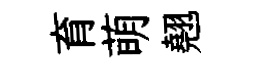
育萌翹